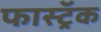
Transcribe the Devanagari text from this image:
फास्ट्रॅक